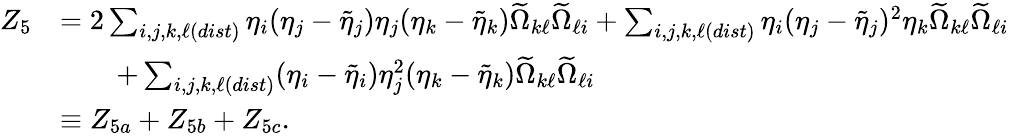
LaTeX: \begin{array}{rl}{Z_{5}}&{=2\sum_{i,j,k,\ell(dist)}\eta_{i}(\eta_{j}-\tilde{\eta}_{j})\eta_{j}(\eta_{k}-\tilde{\eta}_{k})\widetilde{\Omega}_{k\ell}\widetilde{\Omega}_{\ell i}+\sum_{i,j,k,\ell(dist)}\eta_{i}(\eta_{j}-\tilde{\eta}_{j})^{2}\eta_{k}\widetilde{\Omega}_{k\ell}\widetilde{\Omega}_{\ell i}}\\ &{\qquad+\sum_{i,j,k,\ell(dist)}(\eta_{i}-\tilde{\eta}_{i})\eta_{j}^{2}(\eta_{k}-\tilde{\eta}_{k})\widetilde{\Omega}_{k\ell}\widetilde{\Omega}_{\ell i}}\\ &{\equiv Z_{5a}+Z_{5b}+Z_{5c}.}\end{array}